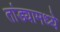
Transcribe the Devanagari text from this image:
तांड्यामध्ये